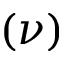
( \nu )